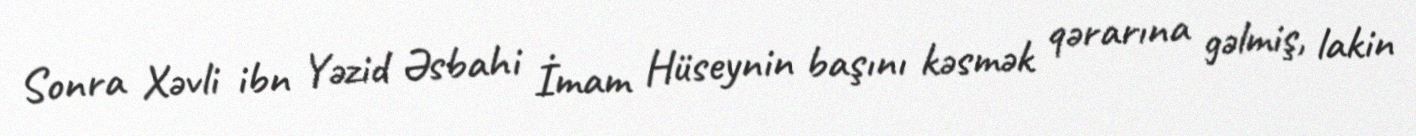
Sonra Xəvli ibn Yəzid Əsbahi İmam Hüseynin başını kəsmək qərarına gəlmiş, lakin